Vital statistics of India. Vol. IV, Annual returns from 1871 to 1876. British Army of India, Native Army and jails of Bengal
Year: 1871
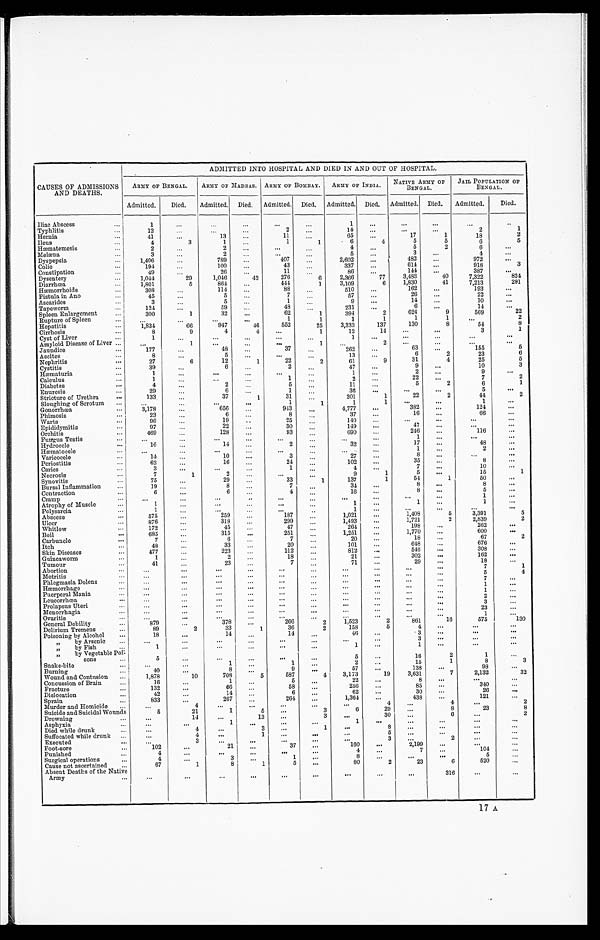
CAUSES OF ADMISSIONS
AND DEATHS.
ADMITTED INTO HOSPITAL AND DIED IN AND OUT OF HOSPITAL.
ARMY OF BENGAL.
ARMY OF MADRAS. ARMY OF BOMBAY.
ARMY OF INDIA.
NATIVE ARMY OF
BENGAL.
JAIL POPULATION OF
BENGAL.
Admitted.
Died.
Admitted.
Died.
Admitted.
Died.
Admitted.
Died.
Admitted.
Died.
Admitted.
Died.
Iliac Abscess . . .
1
. . .
. . .
. . .
. . .
. . .
1
. . .
. . .
. . . . . .
. . .
Typhlitis . . .
12
. . .
. . .
. . .
2
. . .
14
. . .
. . .
. . .
2
1
Hernia . . .
41
. . .
13
. . .
11
. . .
65
. . .
17
1
2
18
Ileus . . .
4
3
1
. . .
1
1
6
4
5
5
5
6
Hæmatemesis . . .
2
. . .
2
. . .
. . .
. . .
4
. . .
5
2
. . .
6
Melæna . . .
3
. . .
2
. . .
. . .
. . .
5
. . .
3
. . .
. . .
4
Dyspepsia . . .
1,406
. . .
789
. . .
407
. . .
2,602
. . .
482
. . .
. . .
972
Colic . . .
194
. . .
100
. . .
43
337
. . .
614
. . .
3
. . .
918
Constipation . . .
49
. . .
26
. . .
11
. . .
. . .
144
. . .
. . .
8 6
387
Dysentery . . .
1,044
29
1,046
42
276
6
2,366
77
3,483
40
824
7,322
Diarrhœa . . .
1,801
5
864
. . .
444
1
6
1,830
41
3,109
7,213
291
Hæmorrhoids . . .
308
. . .
114
. . .
88
. . .
. . .
162
. . .
510
193
. . .
Fistula in Ano . . .
45
. . .
5
. . .
7
. . .
. . .
26
. . .
. . .
57
22
Ascarides . . .
3
. . .
5
. . .
1
. . .
. . .
14
. . .
. . .
10
9
Tapeworm . . .
124
. . .
59
. . .
48
. . .
. . .
6
. . .
231
14
Spleen Enlargement . . .
300
1
32
. . .
62
1
2
624
9
2 2
394
569
Rupture of Spleen . . .
. . .
. . .
. . .
. . .
1
1
1
1
1
1
. . .
2
Hepatitis . . .
1,834
66
947
46
552
25
3,333
137
130
8
54
8
Cirrhosis . . .
8
9
4
4
. . .
1
. . .
. . .
3
1
14
12
Cyst of Liver . . .
1
. . .
. . .
. . .
. . .
. . .
. . .
. . .
. . .
. . .
1
Amyloid Disease of Liver . . .
. . .
1
. . .
. . .
. . .
1
. . .
2
. . .
. . .
. . .
. . .
Jaundice . . .
177
. . .
48
. . .
37
. . .
262
. . .
63
. . .
155
5
Ascites . . .
8
. . .
5
. . .
. . .
. . .
13
. . .
6
2
23
6
Nephritis . . .
27
6
12
1
22
2
61
9
31
4
25
5
C y s t i t i s . . .
39
. . .
6
. . .
2
. . .
47
. . .
. . .
. . .
10
3
Hæmaturia . . .
1
. . .
. . .
. . .
. . .
. . .
1
. . .
. . .
. . .
9
. . .
Calculus . . .
1
. . .
. . .
. . .
1
. . .
2
. . .
22
. . .
7
2
Diabetes . . .
4
. . .
2
. . .
5
. . .
1 1
. . .
5
2
6
1
Enuresis . . .
29
. . .
6
. . .
1
. . .
. . .
. . .
. . .
5
. . .
36
Stricture of Urethra . . .
1 3 3
. . .
37
1
31
. . .
201
1
22
2
44
2
Sloughing of Scrotum . . .
. . .
. . .
. . .
. . .
1
. . . 1
1
. . .
. . .
1
. . .
Gonorrhœa . . .
3,178
. . .
656
. . .
943
. . .
4,777
. . .
382
. . .
124
. . .
Phimosis . . .
23
. . .
6
. . .
8
. . .
. . .
. . .
. . .
37
16
66
Warts . . .
96
. . .
19
. . .
25
. . .
140
. . .
. . .. . .
. . .
. . .
Epididymitis . . .
97
. . .
22
. . .
30
. . .
. . .
4 7
. . .
. . .
. . .
149
Orchitis . . .
469
. . .
128
. . .
93
. . .
. . .
246
. . .
116
. . .
690
Fungus Testis . . .
. . .
. . .
. . .
. . .
. . .
. . .
. . .
1
. . .
. . .
. . .
Hydrocele . . .
16
. . .
14
. . .
2
. . .
. 3 2
. . .
17
. . .
48
. . .
Hæmatocele . . .
. . .
. . .
. . .
. . .
. . .
. . .
. . .
1 . . .
2
. . .
. . .
Varicocele . . .
14
. . .
10
. . .
3
. . .
27
. . .
8
. . .
. . .
. . .
Periostitis . . .
62
. . .
16
. . .
24
. . .
102
. . .
35 . . .
8
. . .
Caries . . .
3
. . .
. . .
. . .
1
. . .
. . .
. . .
. . .
10
. . .
4
Necrosis . . .
7
1
2
. . .
. . .
. . .
9
1
5
. . .
15
1
Synovitis . . .
75
. . .
29
. . .
33
1
137
1
54
1
50
. . .
Bursal Inflammation . . .
19
. . .
8
. . .
7
. . .
34
. . .
8
. . .
8
. . .
Contraction . . .
6
. . .
6
. . .
4
. . .
16
. . .
8
. . .
5
. . .
Cramp . . .
. . .
. . .
. . .
. . .
. . .
. . .
. . .
. . .
. . .
. . .
1
. . .
Atrophy of Muscle . . .
1
. . .
. . .
. . .
. . .
. . .
1
. . .
1
. . .
1
. . .
Polysarcia . . .
1
. . .
. . .
. . .
. . .
. . .
1
. . .
. . .
. . .
. . .
. . .
Abscess . . .
575
. . .
259
. . .
187
. . .
1,021
. . .
1,408
5
3,391
5
Ulcer . . .
876
. . .
318
. . .
299
. . .
1,493
. . .
1,721
2
2,839
2
Whitlow . . .
172
. . .
45
. . .
47
. . .
264
. . .
198
. . .
262
. . .
Boil . . .
685
. . .
315
. . .
251
. . .
1,251
. . .
1,770
. . .
600 . . .
Carbuncle . . .
7
. . .
6
. . .
7
. . .
20
. . .
18
. . .
67
2
Itch . . .
48
. . .
33
. . .
20
. . .
101
. . .
648
. . .
676
. . .
Skin Diseases . . .
477
. . .
223
. . .
112
. . .
812
. . .
546
. . .
308
. . .
Guineaworm . . .
1
. . .
2
. . .
18
. . .
21
. . .
302
. . .
162 . . .
Tumour . . .
41
. . .
23
. . .
7
. . .
71
. . .
29 . . .
18 . . .
Abortion . . .
. . .
. . .
. . .
. . .
. . .
. . .
. . .
. . .
. . .
. . .
7
1
Metritis . . .
. . .
. . .
. . .
. . .
. . .
. . .
. . .
. . .
. . .
. . .
5
4
Phlegmasia Dolens . . .
. . .
. . .
. . .
. . .
. . .
. . .
. . .
. . .
. . .
. . .
7
. . .
Hæmorrhage . . .
. . .
. . .
. . .
. . .
. . .
. . .
. . .
. . .
. . .
. . .
1
. . .
Puerperal Mania . . .
. . .
. . .
. . .
. . .
. . .
. . .
. . .
. . .
. . .
. . .
1 . . .
Leucorrhœa . . .
. . .
. . .
. . .
. . .
. . .
. . .
. . .
. . .
. . .
. . .
2
. . .
Prolapsus Uteri . . .
. . .
. . .
. . .
. . .
. . .
. . .
. . .
. . .
. . .
. . .
3
. . .
Menorrhagia . . .
. . .
. . .
. . .
. . .
. . .
. . .
. . .
. . .
. . .
. . .
23
. . .
Ovaritis . . .
. . .
. . .
. . .
. . .
. . .
. . .
. . .
. . .
. . .
. . .
1
. . .
General Debility . . .
879
378
. . .
266
2
1,523
2
861
16
575
130
Delirium Tremens . . .
89
2
33
1
36
2
158
5
4
. . .
. . .
. . .
Poisoning by Alcohol . . .
18
. . .
14
. . .
14
. . .
46
. . .
3
. . .
. . .
. . .
" by Arsenic . . .
. . .
. . .
. . .
. . .
. . .
. . .
. . .
. . .
3
. . .
. . .
. . .
by Fish . . .
1
. . .
. . .
. . .
. . .
. . .
1
. . .
1
. . .
. . .
. . .
" by Vegetable Poi
-sons . . .
5
. . .
. . .
. . .
. . .
. . .
5
. . .
16
2
1
. . .
Snake-bite . . .
. . .
. . .
1
. . .
1
. . .
2
. . .
15
1
8
3
40
. . .
8.
. . .
9
. . .
57
. . .
138
. . .
98
. . .
Burning . . .
Wound and Contusion . . .
1,878
10
708
5
587
4
3,173
19
3,631
7
2,132
32
Concussion of Brain . . .
16
. . .
1
. . .
5
. . .
22
. . .
8
. . .
. . .
. . .
Fracture . . .
132
. . .
66
. . .
58
. . .
256
. . .
85 . . .
340
. . .
Dislocation . . .
42
. . .
14
. . .
6
. . .
62
. . .
30
. . .
26 . . .
Sprain . . .
833
. . .
267
. . .
264
. . .
1,364
. . .
438 . . .
121
. . .
Murder and Homicide . . .
. . .
4
. . .
. . .
. . .
. . .
. . .
4
. . .
4
. . .
2
Suicide and Suicidal Wounds . . .
5
21
1
5
. . .
3
6
29
. . .
8
23
8
Drowning . . .
. . .
14
. . .
13
. . .
3
. . .
30
. . .
6
. . .
2
Asphyxia . . .
. . .
. . .
1
. . .
. . .
. . .
1
. . .
. . .
. . .
. . .
. . .
Died while drunk . . .
. . .
4
. . .
1
. . .
1
. . .
8
. . .
. . .
. . .
. . .
Suffocated while drunk . . .
. . .
4
. . .
1
. . .
. . .
. . .
5
. . .
. . .
. . .
. . .
Executed . . .
. . .
3
. . .
. . .
. . .
. . .
. . .
3
. . .
2
. . .
. . .
Foot-sore . . .
102
. . .
21
. . .
37
. . .
160
. . .
2,199
. . .
. . .
. . .
Punished . . .
4
. . .
. . .
. . .
. . .
. . .
4
. . .
7
. . .
104
. . .
Surgical operations . . .
4
. . .
3
. . .
1
. . .
8
. . .
. . .
. . .
5
. . .
Cause not ascertained . . .
67
1
8
1
5
. . .
80
2
23
6
520
. . .
Absent Deaths of the Native
Army . . .
. . .
. . .
. . .
. . .
. . .
. . .
. . .
. . .
. . .
316
. . .
. . .
17 A.